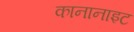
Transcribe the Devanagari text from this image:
कानानाइट